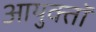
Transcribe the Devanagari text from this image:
आयुक्तॉ